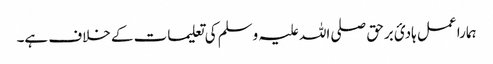
ہمارا عمل ہادیٔ برحق صلی اللہ علیہ وسلم کی تعلیمات کے خلاف ہے۔